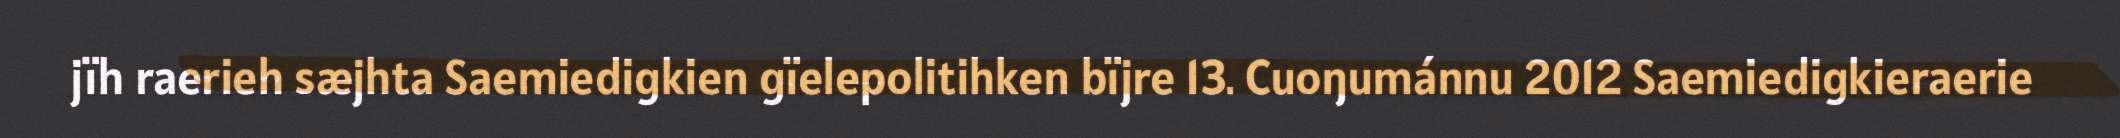
jïh raerieh sæjhta Saemiedigkien gïelepolitihken bïjre 13. Cuoŋumánnu 2012 Saemiedigkieraerie